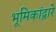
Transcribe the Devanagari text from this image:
भूमिकांद्वारे